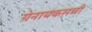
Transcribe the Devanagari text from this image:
ग्रेनायकसची